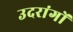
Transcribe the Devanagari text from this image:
उदरांगों